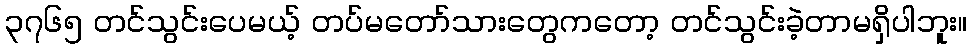
၃၇၆၅ တင်သွင်းပေမယ့် တပ်မတော်သားတွေကတော့ တင်သွင်းခဲ့တာမရှိပါဘူး။